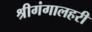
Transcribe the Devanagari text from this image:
श्रीगंगालहरी